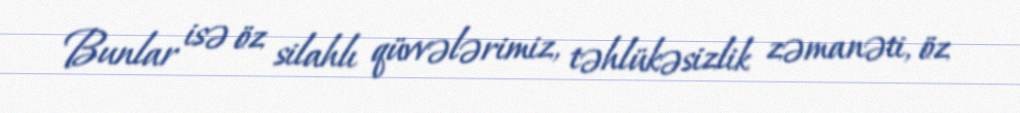
Bunlar isə öz silahlı qüvvələrimiz, təhlükəsizlik zəmanəti, öz